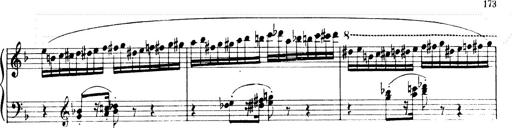
Title: Andante Finale und Marsch aus der Oper KÃ¶nig Alfred
Composer: Franz Liszt